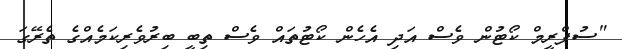
"ސުޕްރީމް ކޯޓުން ވެސް އަދި އެހެން ކޯޓުތައް ވެސް ތިބީ ބިރުވެރިކަމެއްގެ ތެރޭގަ